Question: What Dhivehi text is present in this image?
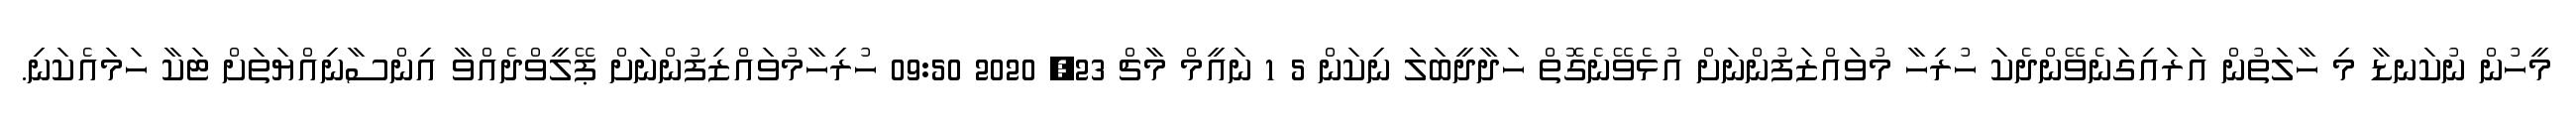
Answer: މީހުން ނުކަނޑާ މި ހާލަތުން އަރައިގަނެވޭންދެކަ ހުރިހާ މުވައްޒަފުންނަށް އުޅެވޭނެގޮތް ހަދާދީބަލަ ނިކަން 5 1 ނައީމް މާޗް 23, 2020 09:50 ހުރިހާމުވައްޒިފުންނަށް ޕޭލީވްދެއްވާ އިންސާނިއްޔަތަށް ޓަކާ ހަމައެކަނި.